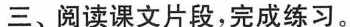
三、阅读课文片段，完成练习。